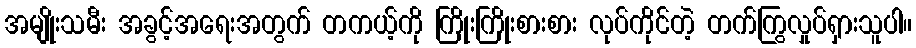
အမျိုးသမီး အခွင့်အရေးအတွက် တကယ့်ကို ကြိုးကြိုးစားစား လုပ်ကိုင်တဲ့ တက်ကြွလှုပ်ရှားသူပါ။